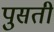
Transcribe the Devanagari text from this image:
पुसती